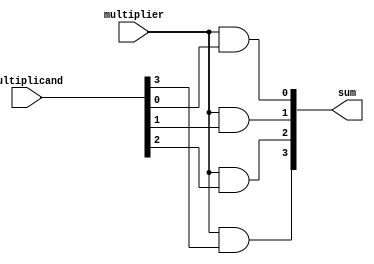
module one_bit_mulipier(
        input multiplier,
        input [3:0]multiplicand,
        output [3:0]sum
    );
    
    and(sum[0], multiplier, multiplicand[0]);
    and(sum[1], multiplier,  multiplicand[1]);
    and(sum[2], multiplier, multiplicand[2]);
    and(sum[3], multiplier, multiplicand[3]);
    
endmodule